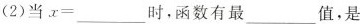
(2)当 $$ x = ___$$ 时，函数有最___值，是